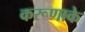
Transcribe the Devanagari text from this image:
करूणाके